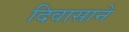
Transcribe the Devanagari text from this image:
दिवासाने